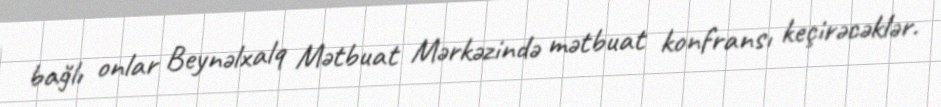
bağlı onlar Beynəlxalq Mətbuat Mərkəzində mətbuat konfransı keçirəcəklər.